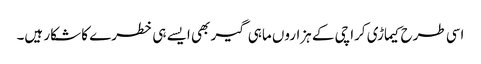
اسی طرح کیماڑی کراچی کے ہزاروں ماہی گیر بھی ایسے ہی خطرے کا شکار ہیں۔